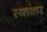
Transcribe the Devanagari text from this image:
स्व्तांतर